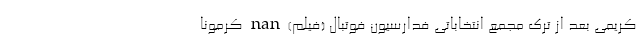
کریمی بعد از ترک مجمع انتخاباتی فدارسیون فوتبال (فیلم) nan کرمونا